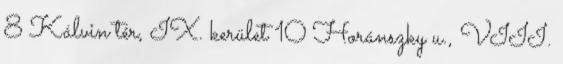
8 Kálvin tér, IX. kerület 10 Horánszky u., VIII.